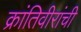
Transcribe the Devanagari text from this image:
क्रांतिवीरांची